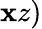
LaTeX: \mathbf{x}z)